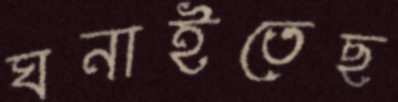
ঘনাইতেছ